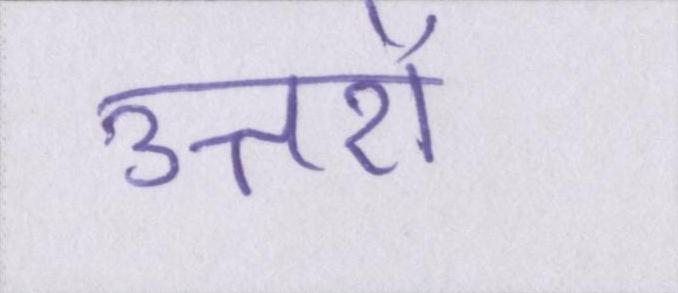
उत्तरों